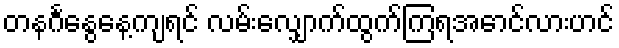
တနင်္ဂနွေနေ့ကျရင် လမ်းလျှောက်ထွက်ကြရအောင်လားဟင်